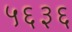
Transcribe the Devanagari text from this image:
५६३६